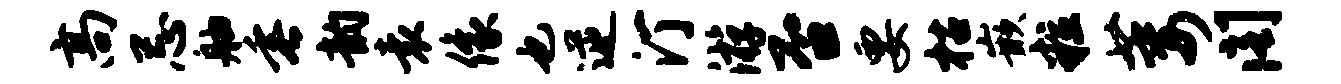
高忌舳垂韵袁像也逆汀游否要枯嵌粒萎阁